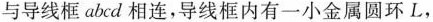
与导线框abd相连，导线框内有一小金属圆环L，